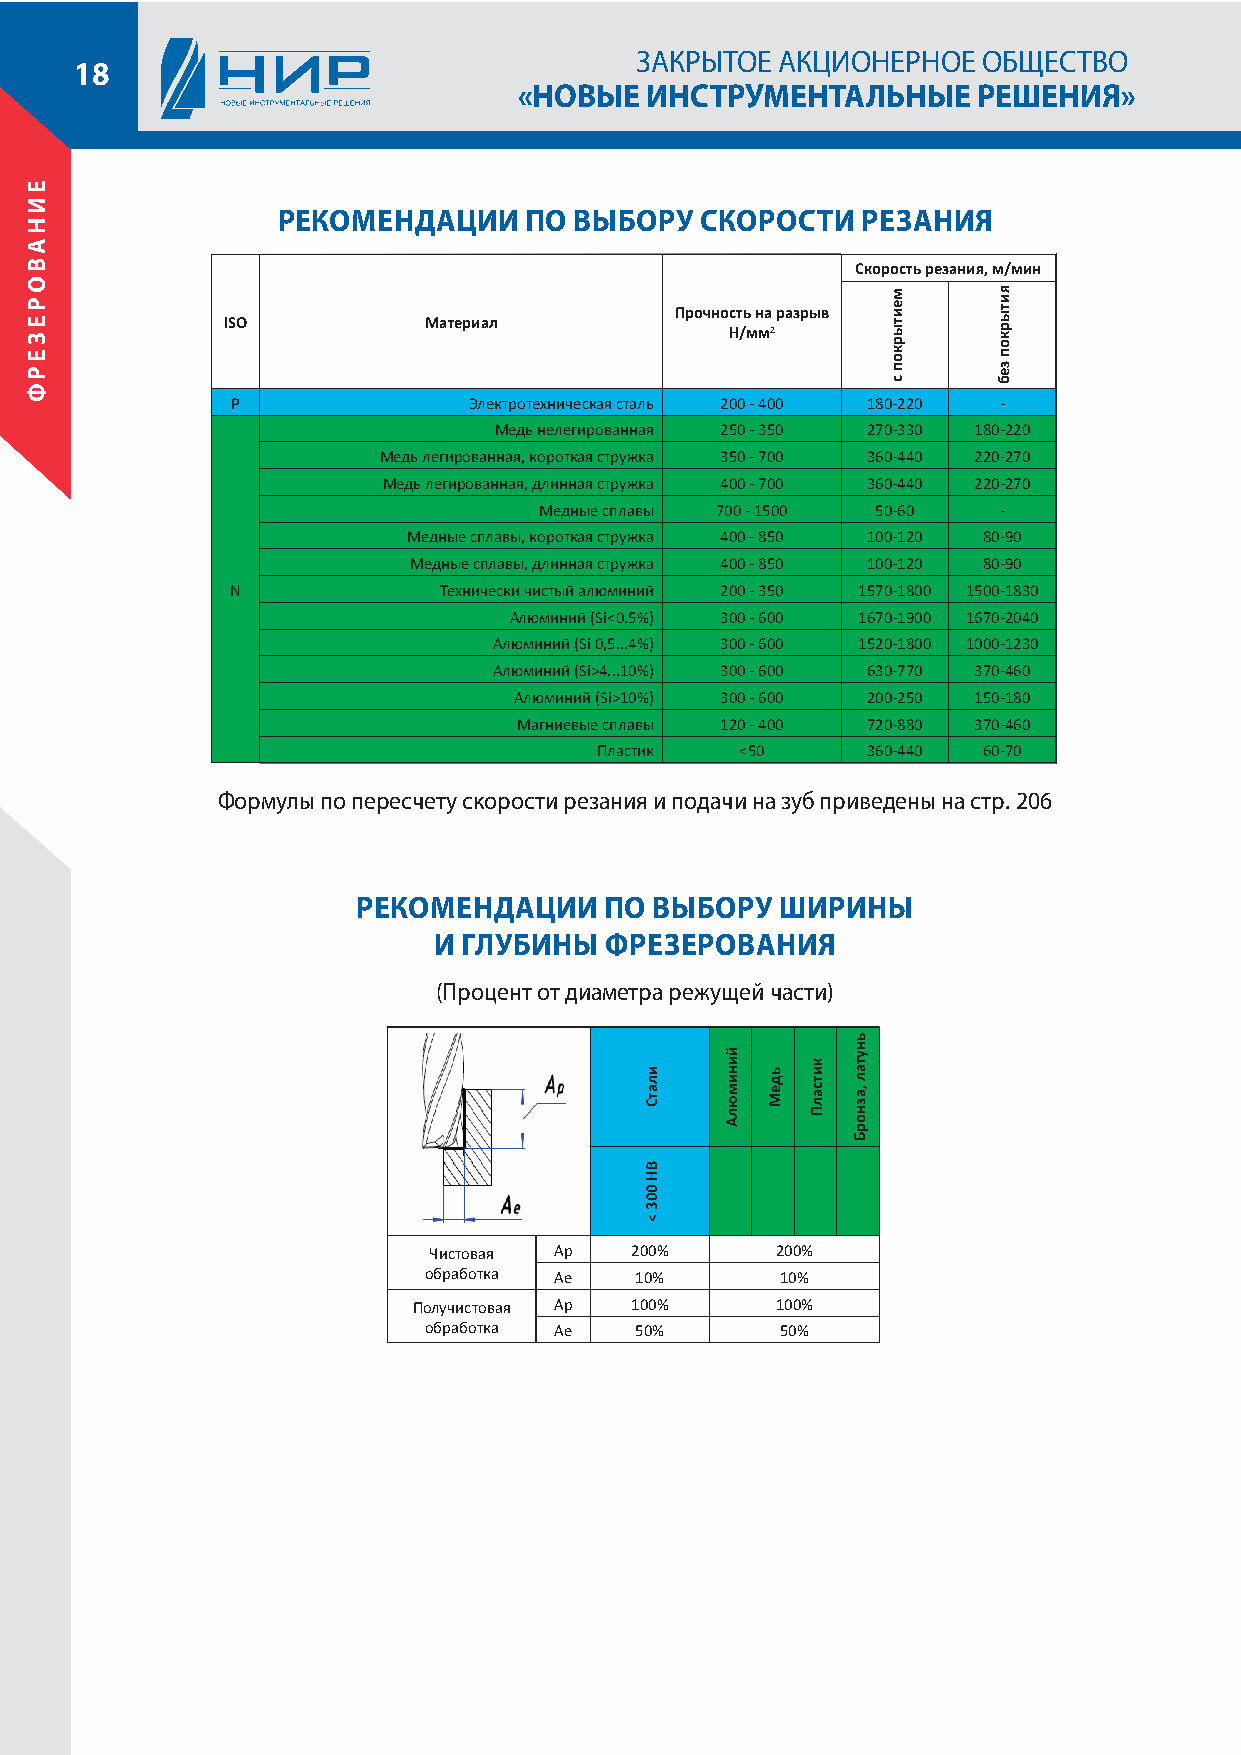
ЗАКРЫТОЕ АКЦИОНЕРНОЕ   ОБЩЕСТВО
 18
 «НОВЫЕ   ИНСТРУМЕНТАЛЬНЫЕ      РЕШЕНИЯ»
 РЕКОМЕНДАЦИИ     ПО ВЫБОРУ  СКОРОСТИ   РЕЗАНИЯ
 Скорость резания, м/мин
 Прочность на разрыв
 ISO          Материал
 H/мм2
 P               Электротехническая сталь 200 - 400 180-220 -
 Медь нелегированная 250 - 350 270-330 180-220
 Медь легированная, короткая стружка 350 - 700 360-440 220-270
 Медь легированная, длинная стружка 400 - 700 360-440 220-270
 Медные сплавы 700 - 1500 50-60 -
 Медные сплавы, короткая стружка 400 - 850 100-120 80-90
 Медные сплавы, длинная стружка 400 - 850 100-120 80-90
 N             Технически чистый алюминий 200 - 350 1570-1800 1500-1830
 Алюминий (Si<0.5%) 300 - 600 1670-1900 1670-2040
 Алюминий (Si 0,5...4%) 300 - 600 1520-1800 1000-1230
 Алюминий (Si>4...10%) 300 - 600 630-770 370-460
 Алюминий (Si>10%) 300 - 600 200-250 150-180
 Магниевые сплавы 120 - 400 720-880 370-460
 Пластик   <50     360-440 60-70
 Формулы по пересчету скорости резания и подачи на зуб приведены на стр. 206
 РЕКОМЕНДАЦИИ    ПО ВЫБОРУ   ШИРИНЫ
 И ГЛУБИНЫ  ФРЕЗЕРОВАНИЯ
 (Процент от диаметра режущей части)
 Чистовая Ap   200%     200%
 обработка Ae  10%       10%
 Получистовая Ap 100%    100%
 обработка Ae  50%       50%
 ЕИНАВОРЕЗЕРФ
 илатС
 BH
 003
 <
 йинимюлА
 ьдеМ
 китсалП
 ьнутал
 ,азнорБ
 меитыркоп
 с
 яитыркоп
 зеб